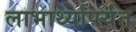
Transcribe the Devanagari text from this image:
लाभार्थ्यांपर्यंत